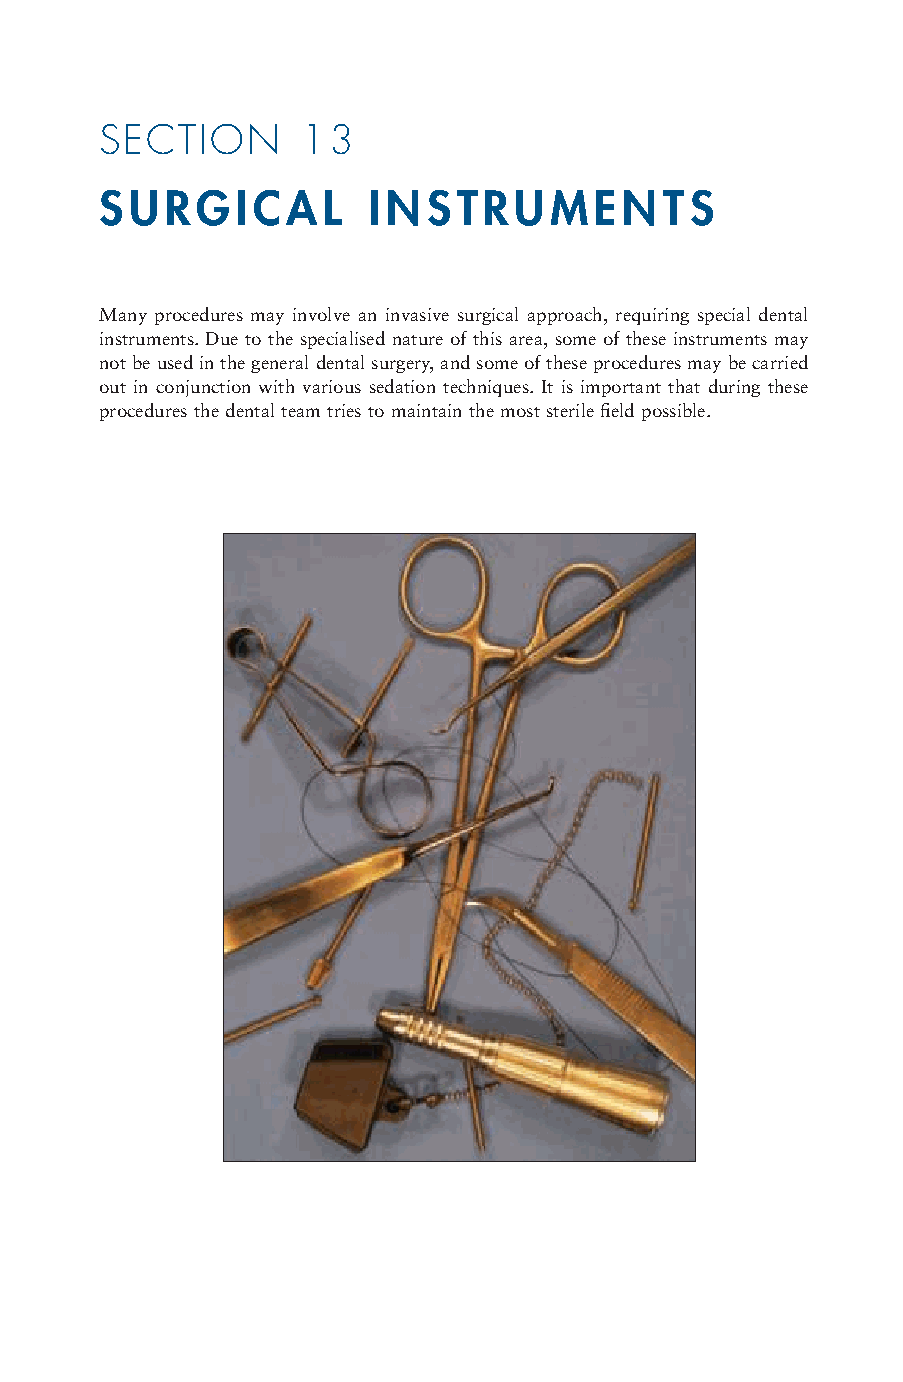
SECTION      13
 SURGICAL         INSTRUMENTS
 Many procedures may involve an invasive surgical approach, requiring special dental
 instruments. Due to the specialised nature of this area, some of these instruments may
 not be used in the general dental surgery, and some of these procedures may be carried
 out in conjunction with various sedation techniques. It is important that during these
 procedures the dental team tries to maintain the most sterile field possible.